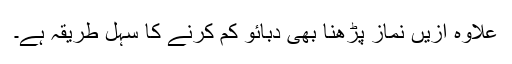
علاوہ ازیں نماز پڑھنا بھی دبائو کم کرنے کا سہل طریقہ ہے۔